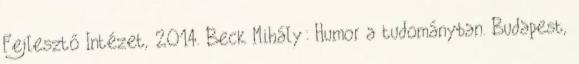
Fejlesztő Intézet, 2014. Beck Mihály: Humor a tudományban. Budapest,